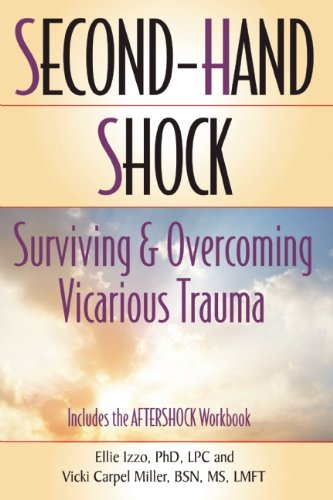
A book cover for Second-Hand Shock: Surviving and Overcoming Vicarious Trauma; Vicki Carpel Miller; Health, Fitness & Dieting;